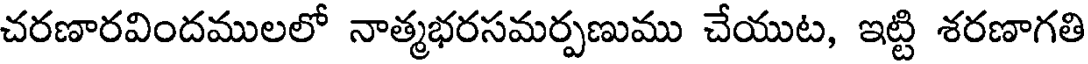
చరణారవిందములలో నాత్మభరసమర్పణుము చేయుట, ఇట్టి శరణాగతి